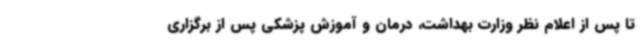
تا پس از اعلام نظر وزارت بهداشت، درمان و آموزش پزشکی پس از برگزاری